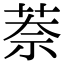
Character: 萘